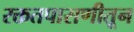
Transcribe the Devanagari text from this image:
रक्ततपासणीतून